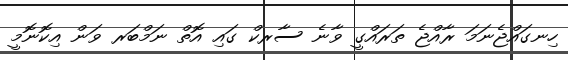
ހިނގައްޖެނަމަ ރާއްޖެ ތަރައްގީ ވާނެ ސާރކް ގައި އޮތް ނަމްބަރ ވަން އިކޮނޮމީ